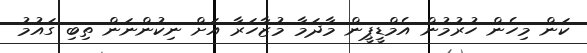
ކަން މިހެން ހުރުމުން އެމްޑީޕީން މާދަމާ މުޒާހަރާ އަށް ނިކުންނަން ތިބި ގައުމު